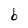
Character: b